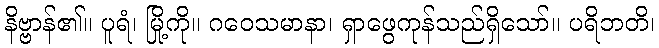
နိဗ္ဗာန်၏။ ပူရံ၊ မြို့ကို။ ဂဝေသမာနာ၊ ရှာဖွေကုန်သည်ရှိသော်။ ပရိဘတိ၊